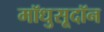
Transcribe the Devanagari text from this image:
मॉधुसूदॉन